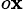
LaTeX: ^{o\mathbf{x}}